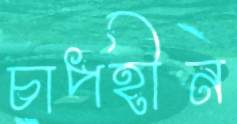
চাপহীন